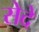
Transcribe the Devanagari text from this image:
सेदे